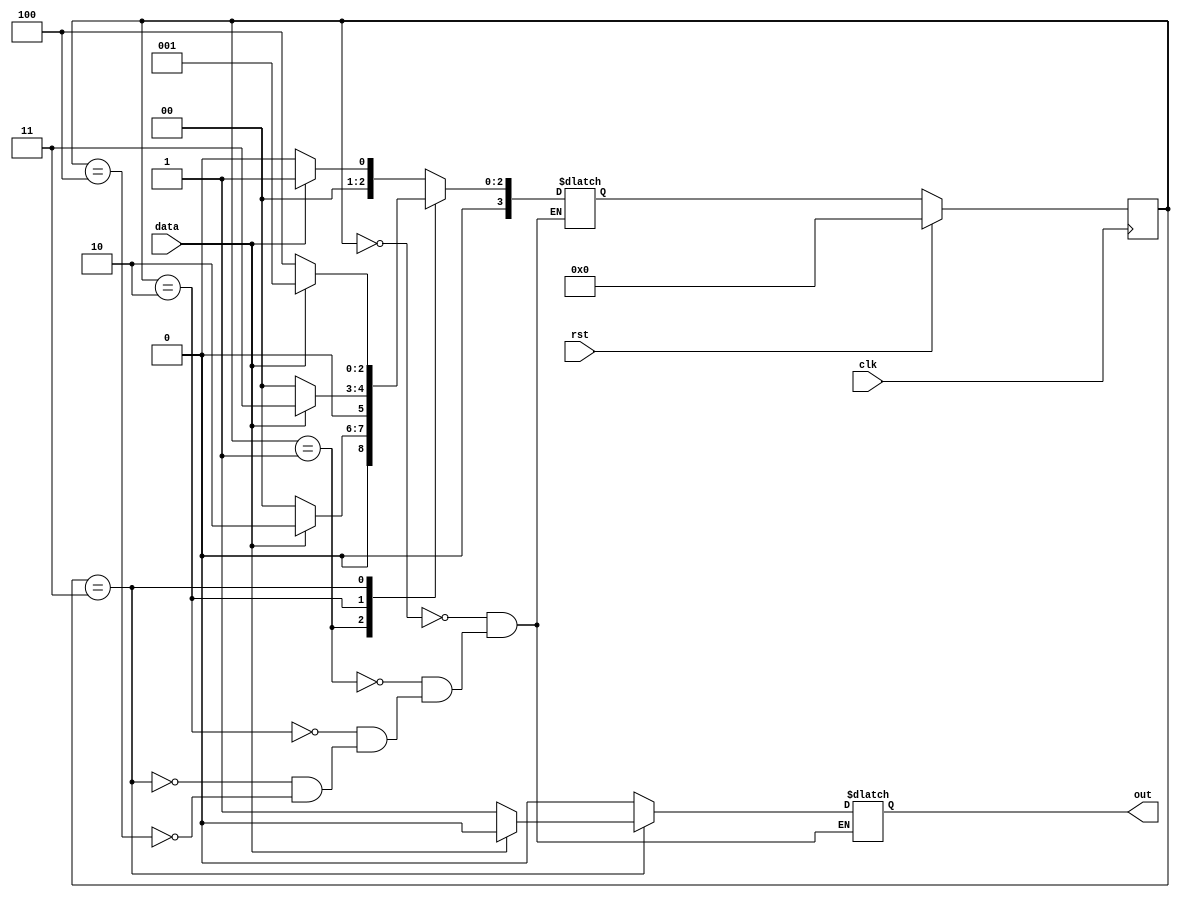
module patdet(input clk, rst, data, output reg out);
parameter s0=0,s1=1,s2=2,s3=3,s4=4;

reg [3:0] pstate, next;

always@(posedge clk)
begin
if(rst)
pstate<=s0;
else
pstate<=next;
end

always@(*)
begin
case(pstate)
s0: begin
    if(data==1)
    begin
    next=s1;
    out=1'b0;
    end
    else
    begin
    next=s0;
    out=1'b0;
    end
    end
s1: begin
    if(data==1)
    begin
    next=s2;
    out=1'b0;
    end
    else
    begin
    next=s0;
    out=1'b0;
    end
    end
s2: begin
    if(data==1)
    begin
    next=s3;
    out=1'b0;
    end
    else
    begin
    next=s0;
    out=1'b0;
    end
    end
s3: begin
    if(data==1)
    begin
    next=s1;
    out=1'b0;
    end
    else
    begin
    next=s4;
    out=1'b1;
    end
    end
s4: begin
    if(data==1)
    begin
    next=s1;
    out=1'b0;
    end
    else
    begin
    next=s0;
    out=1'b0;
    end
    end
endcase
end 
endmodule